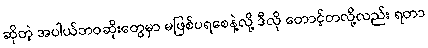
ဆိုတဲ့ အပါယ်ဘဝဆိုးတွေမှာ မဖြစ်ပရစေနဲ့လို့ ဒီလို တောင့်တလို့လည်း ရတာ